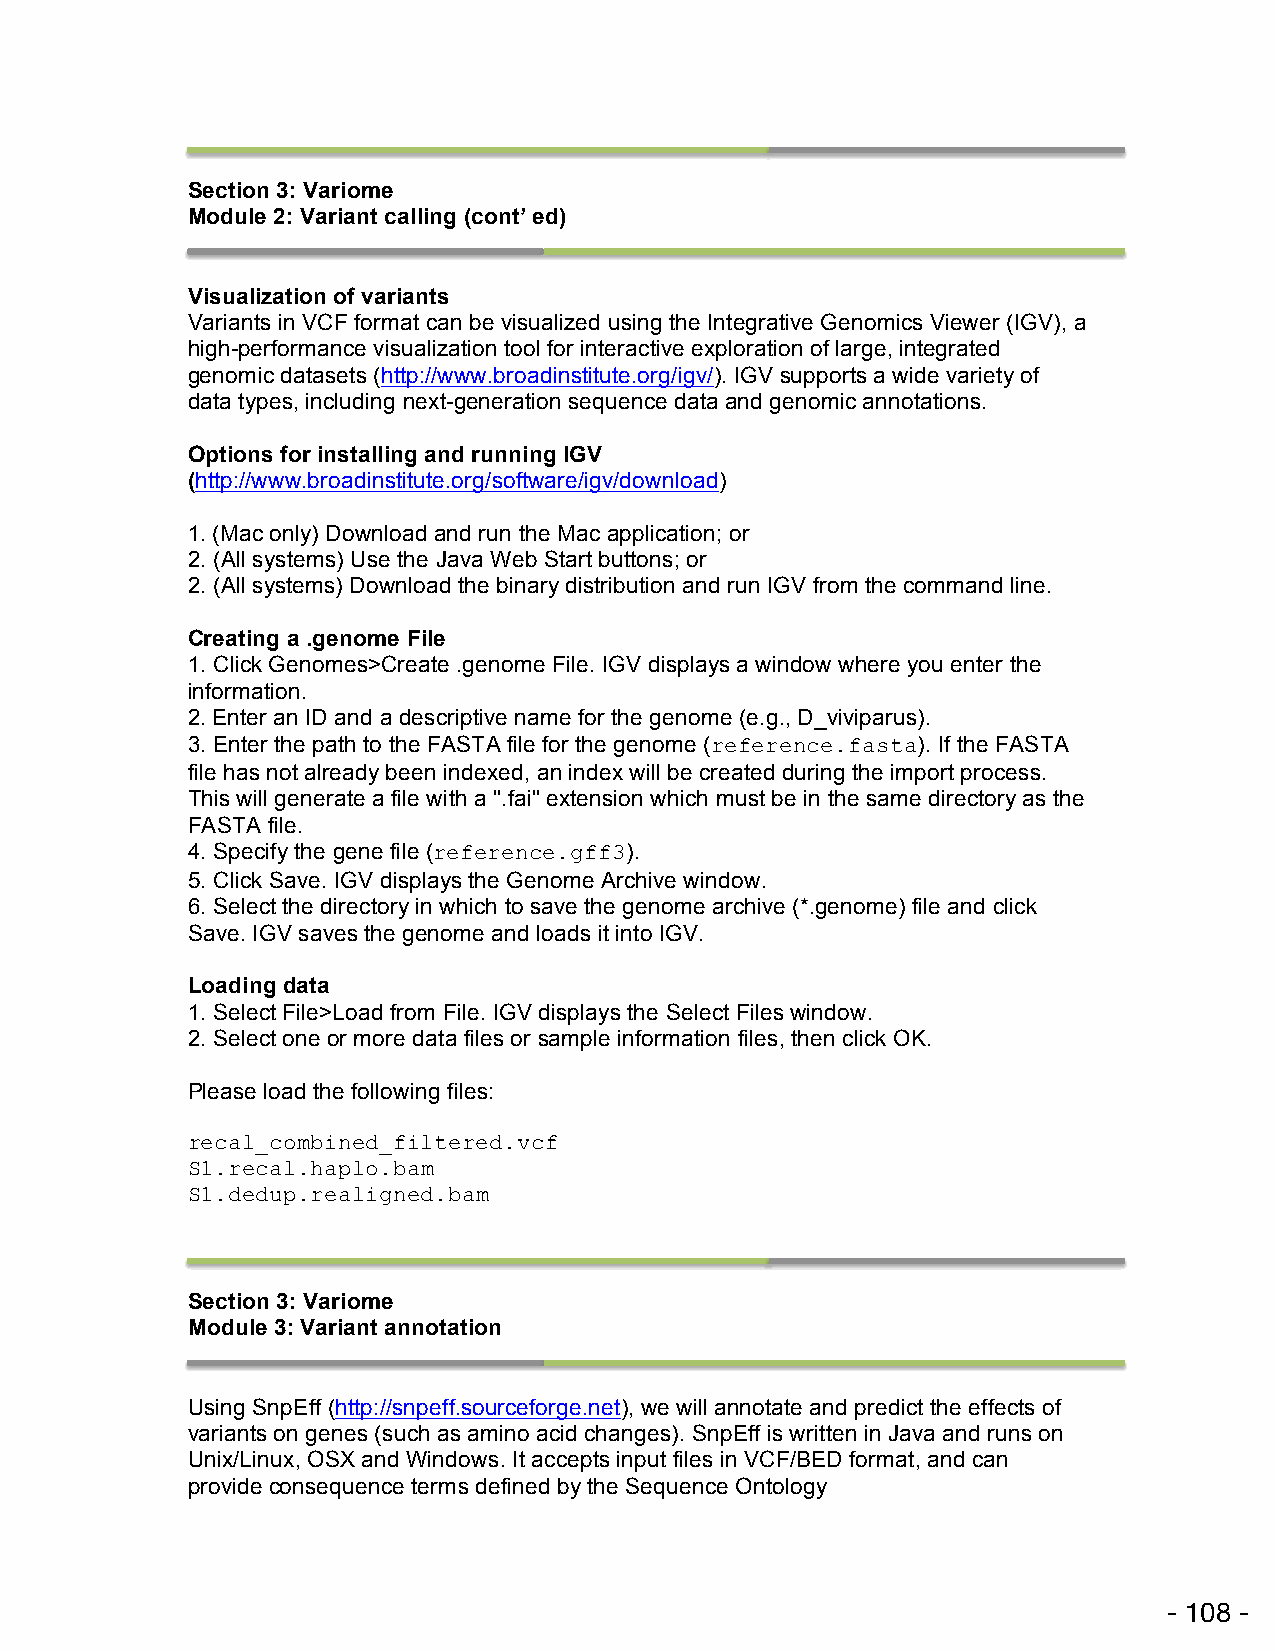
Section 3: Variome
 Module 2: Variant calling (cont’ ed)
 !
 Visualization of variants
 Variants in VCF format can be visualized using the Integrative Genomics Viewer (IGV), a
 high-performance visualization tool for interactive exploration of large, integrated
 genomic datasets (http://www.broadinstitute.org/igv/). IGV supports a wide variety of
 data types, including next-generation sequence data and genomic annotations.
 Options for installing and running IGV
 (http://www.broadinstitute.org/software/igv/download)
 1. (Mac only) Download and run the Mac application; or
 2. (All systems) Use the Java Web Start buttons; or
 2. (All systems) Download the binary distribution and run IGV from the command line.
 Creating a .genome File
 1. Click Genomes>Create .genome File. IGV displays a window where you enter the
 information.
 2. Enter an ID and a descriptive name for the genome (e.g., D_viviparus).
 3. Enter the path to the FASTA file for the genome (reference.fasta). If the FASTA
 file has not already been indexed, an index will be created during the import process.
 This will generate a file with a ".fai" extension which must be in the same directory as the
 FASTA file.
 4. Specify the gene file (reference.gff3).
 5. Click Save. IGV displays the Genome Archive window.
 6. Select the directory in which to save the genome archive (*.genome) file and click
 Save. IGV saves the genome and loads it into IGV.
 Loading data
 1. Select File>Load from File. IGV displays the Select Files window.
 2. Select one or more data files or sample information files, then click OK.
 Please load the following files:
 recal_combined_filtered.vcf
 S1.recal.haplo.bam
 S1.dedup.realigned.bam
 !
 Section 3: Variome
 Module 3: Variant annotation
 !
 Using SnpEff (http://snpeff.sourceforge.net), we will annotate and predict the effects of
 variants on genes (such as amino acid changes). SnpEff is written in Java and runs on
 Unix/Linux, OSX and Windows. It accepts input files in VCF/BED format, and can
 provide consequence terms defined by the Sequence Ontology